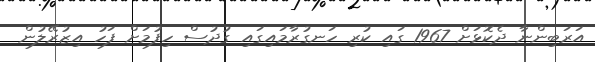
އަރަބިންނާ ދެކޮޅަށް 1967 ގައި ކުރި ހަނގުރާމައިގައި ގުދުސް ހިފުމަށް ފަހު އިޒުރޭލުން